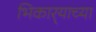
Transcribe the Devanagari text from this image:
भिकार्‍याच्या